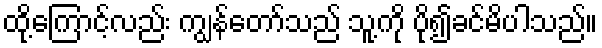
ထို့ကြောင့်လည်း ကျွန်တော်သည် သူ့ကို ပို၍ခင်မိပါသည်။